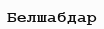
Белшабдар